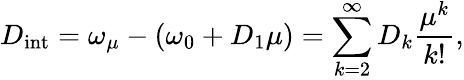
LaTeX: D_{\mathrm{int}}=\omega_{\mu}-(\omega_{0}+D_{1}\mu)=\sum_{k=2}^{\infty}D_{k}\frac{\mu^{k}}{k!},